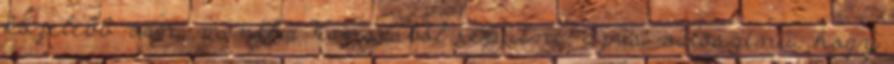
közelebb van, mintha Kansasból repülne, az is valószínű, hogy